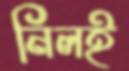
নিলই